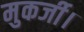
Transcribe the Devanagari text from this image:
मुकर्जी।